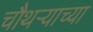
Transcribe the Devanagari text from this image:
चौथऱ्याच्या